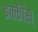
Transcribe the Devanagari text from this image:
इक्कीस्